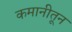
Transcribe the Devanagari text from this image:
कमानीतून